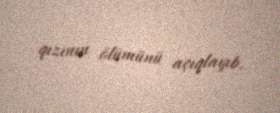
qızının ölümünü açıqlayıb.